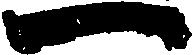
一